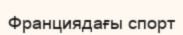
Франциядағы спорт